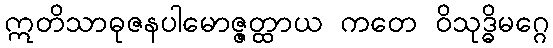
ဣတိသာဓုဇနပါမောဇ္ဇတ္ထာယ ကတေ ဝိသုဒ္ဓိမဂ္ဂေ